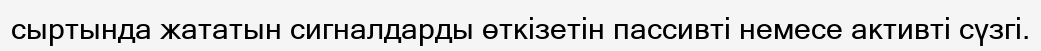
сыртында жататын сигналдарды өткізетін пассивті немесе активті сүзгі.